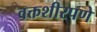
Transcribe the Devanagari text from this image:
वक्तशीरपणे